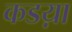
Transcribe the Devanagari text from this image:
कडय़ा